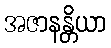
အဇာနန္တိယာ